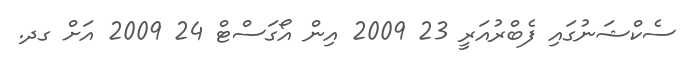
ސެކްޝަނުގައި ފެބްރުއަރީ 23 2009 އިން އޯގަސްޓް 24 2009 އަށް ގދ.